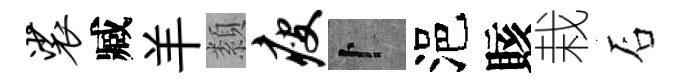
裟臧羊纇瘦卜浥賅栽石